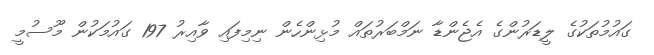
ގައުމުތަކުގެ ލީޑަރުންގެ އެޖެންޑާ ނަމްބަރުތައް މުޅިންހެން ނިމިފައި ވާއިރު 197 ގައުމަކުން މޫސުމީ